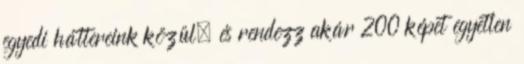
egyedi háttereink közül, és rendezz akár 200 képet egyetlen